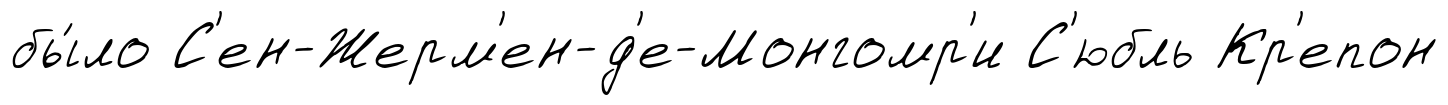
бы́ло С'ен-Жерм'ен-д'е-Монгомр'и С'юбль Кр'епон